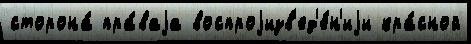
сторона́ пра́ваjа воспроjизв'ед'е́н'иjи кра́сной